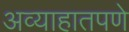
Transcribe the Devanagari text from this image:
अव्याहातपणे